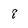
Character: 8